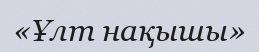
«Ұлт нақышы»